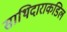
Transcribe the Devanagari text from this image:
साथिदाराकडिल